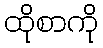
ထိုစာကို